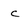
Character: c